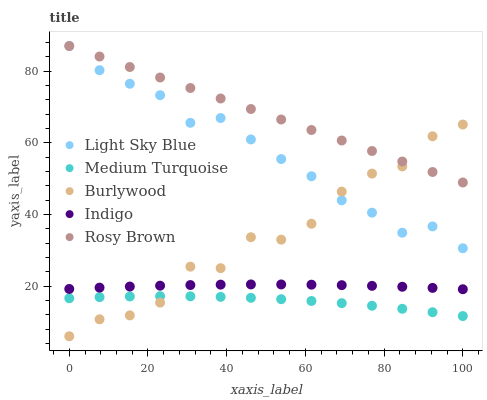
| xaxis_label | Light Sky Blue | Medium Turquoise | Burlywood | Indigo | Rosy Brown |
 | --- | --- | --- | --- | --- | --- |
 | 0 | 87 | 16.6 | 6 | 19.2 | 87 |
 | 7.69 | 80.2 | 16.9 | 10.7 | 19.6 | 84.1 |
 | 15.4 | 76.5 | 17.1 | 11.8 | 19.9 | 81.1 |
 | 23.1 | 73.3 | 17.2 | 15.4 | 20.1 | 78.2 |
 | 30.8 | 65.6 | 17.1 | 25.4 | 20.3 | 75.3 |
 | 38.5 | 66.9 | 17 | 25 | 20.4 | 72.4 |
 | 46.2 | 60.9 | 16.7 | 33.6 | 20.5 | 69.4 |
 | 53.8 | 55.5 | 16.3 | 33 | 20.5 | 66.5 |
 | 61.5 | 50.7 | 15.8 | 37.4 | 20.4 | 63.6 |
 | 69.2 | 43.9 | 15.2 | 46.4 | 20.3 | 60.6 |
 | 76.9 | 40.5 | 14.5 | 51.4 | 20.1 | 57.7 |
 | 84.6 | 34.9 | 13.7 | 53.4 | 19.8 | 54.8 |
 | 92.3 | 36.7 | 12.7 | 61.8 | 19.5 | 51.8 |
 | 100 | 30.6 | 11.6 | 65.1 | 19.1 | 48.9 |